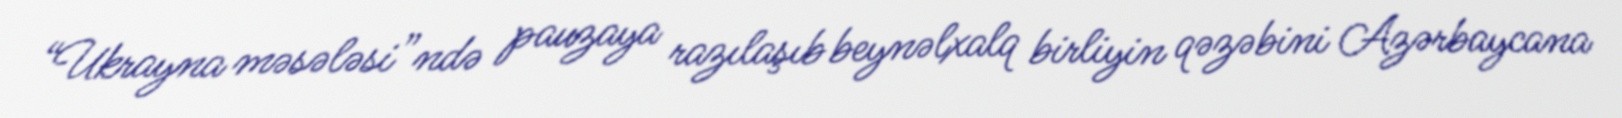
“Ukrayna məsələsi”ndə pauzaya razılaşıb beynəlxalq birliyin qəzəbini Azərbaycana